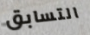
التسابق